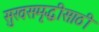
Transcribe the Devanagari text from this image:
सुखसमृद्धीसाठी